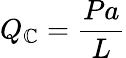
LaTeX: Q_{\mathbb{C}}={\frac{{Pa}}{{L}}}